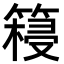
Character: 𮅺